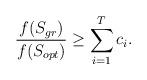
LaTeX: \begin{align*}\frac{f(S_{gr})}{f(S_{opt})} \ge \sum_{i=1}^T c_i. \end{align*}